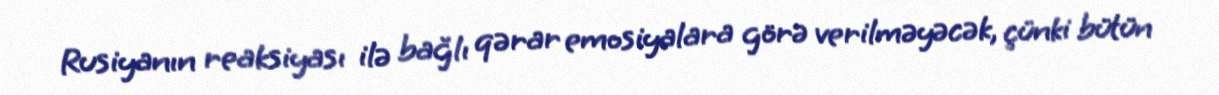
Rusiyanın reaksiyası ilə bağlı qərar emosiyalara görə verilməyəcək, çünki bütün